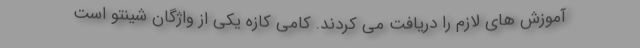
آموزش های لازم را دریافت می کردند. کامی کازه یکی از واژگان شینتو است